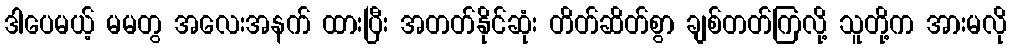
ဒါပေမယ့် မမတွ အလေးအနက် ထားပြီး အတတ်နိုင်ဆုံး တိတ်ဆိတ်စွာ ချစ်တတ်ကြလို့ သူတို့က အားမလို